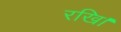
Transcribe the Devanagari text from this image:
रखि।